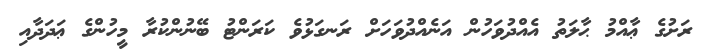
ރަށުގެ ޢާއްމު ޙާލަތު އެއްދުވަހުން އަނެއްދުވަހަށް ރަނގަޅުވެ ކަރަންޓު ބޭނުންކުރާ މީހުންގެ ޢަދަދާއި